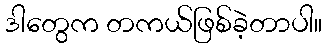
ဒါတွေက တကယ်ဖြစ်ခဲ့တာပါ။